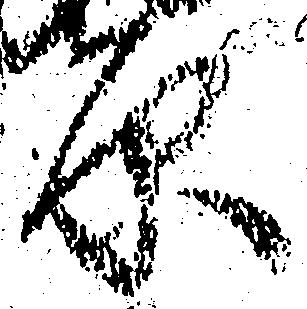
原